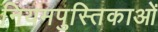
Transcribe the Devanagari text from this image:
नियमपुस्तिकाओं